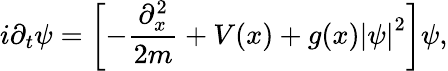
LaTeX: i\partial_{t}\psi=\left[-\frac{\partial_{x}^{2}}{2m}+V(x)+g(x)\left|\psi\right|^{2}\right]\psi,